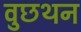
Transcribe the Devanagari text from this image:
वुछथन